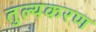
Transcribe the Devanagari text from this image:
तुल्यकरण